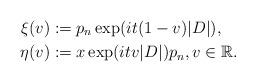
LaTeX: \begin{align*} \xi(v) &:= p_n\exp(it(1-v)|D|),\\ \eta(v) &:= x\exp(itv|D|)p_n, v \in \mathbb{R}. \end{align*}